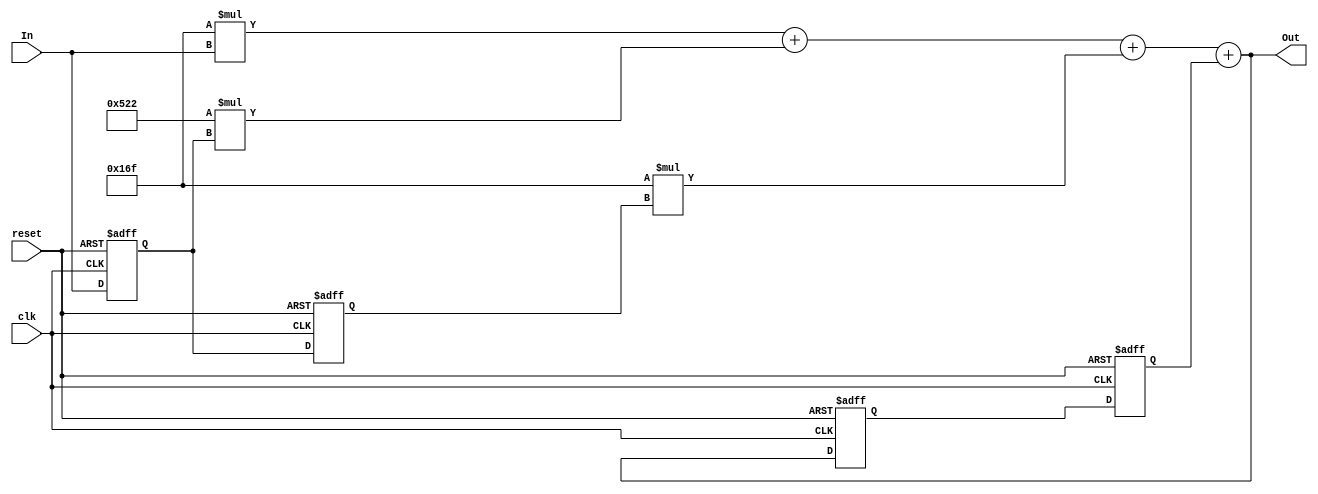
//### Project name: Integrator
//### Author: Phan Van Chien
//### File description: Integral block verilog source code with 22 bit resolution.


`timescale 1 ns / 1 ns

module Integrator
          (clk,
           reset,
           In,
           Out);


  input   clk;
  input   reset;
  input   signed [21:0] In;  // sfix22_En10
  output  signed [21:0] Out;  // sfix22_En20


  wire [10:0] Constant_out1;  // ufix11_En10
  wire signed [11:0] Product_cast;  // sfix12_En10
  wire signed [33:0] Product_mul_temp;  // sfix34_En20
  wire signed [32:0] Product_cast_1;  // sfix33_En20
  wire signed [20:0] Product_out1;  // sfix21_En20
  wire [10:0] Constant1_out1;  // ufix11_En10
  reg signed [21:0] Delay_out1;  // sfix22_En10
  wire [10:0] Constant2_out1;  // ufix11_En10
  wire signed [11:0] Product1_cast;  // sfix12_En10
  wire signed [33:0] Product1_mul_temp;  // sfix34_En20
  wire signed [32:0] Product1_cast_1;  // sfix33_En20
  wire signed [20:0] Product1_out1;  // sfix21_En20
  wire signed [31:0] Sum_add_cast;  // sfix32_En20
  wire signed [31:0] Sum_add_cast_1;  // sfix32_En20
  wire signed [31:0] Sum_add_temp;  // sfix32_En20
  wire signed [20:0] Sum_out1;  // sfix21_En20
  reg signed [21:0] Delay1_out1;  // sfix22_En10
  wire signed [11:0] Product2_cast;  // sfix12_En10
  wire signed [33:0] Product2_mul_temp;  // sfix34_En20
  wire signed [32:0] Product2_cast_1;  // sfix33_En20
  wire signed [20:0] Product2_out1;  // sfix21_En20
  wire signed [20:0] Sum2_out1;  // sfix21_En20
  wire signed [21:0] out_1;  // sfix22_En20
  reg signed [21:0] Delay2_reg [0:1];  // sfix22 [2]
  wire signed [21:0] Delay2_reg_next [0:1];  // sfix22_En20 [2]
  wire signed [21:0] Delay2_out1;  // sfix22_En20
  wire signed [31:0] Sum1_add_cast;  // sfix32_En20
  wire signed [31:0] Sum1_add_cast_1;  // sfix32_En20
  wire signed [31:0] Sum1_add_temp;  // sfix32_En20


  assign Constant_out1 = 11'b00101101111;



  assign Product_cast = {1'b0, Constant_out1};
  assign Product_mul_temp = Product_cast * In;
  assign Product_cast_1 = Product_mul_temp[32:0];
  assign Product_out1 = Product_cast_1[20:0];



  assign Constant1_out1 = 11'b10100100010;

  always @(posedge clk or posedge reset)
    begin : Delay_process
      if (reset == 1'b1) begin
        Delay_out1 <= 22'sb0000000000000000000000;
	Delay1_out1 <= 22'sb0000000000000000000000;
        Delay2_reg[0] <= 22'sb0000000000000000000000;
        Delay2_reg[1] <= 22'sb0000000000000000000000;
      end
      else begin
        Delay_out1 <= In;
        Delay1_out1 <= Delay_out1;
        Delay2_reg[0] <= Delay2_reg_next[0];
        Delay2_reg[1] <= Delay2_reg_next[1];
      end
    end



  assign Constant2_out1 = 11'b00101101111;



  assign Product1_cast = {1'b0, Constant1_out1};
  assign Product1_mul_temp = Product1_cast * Delay_out1;
  assign Product1_cast_1 = Product1_mul_temp[32:0];
  assign Product1_out1 = Product1_cast_1[20:0];



  assign Sum_add_cast = {{11{Product_out1[20]}}, Product_out1};
  assign Sum_add_cast_1 = {{11{Product1_out1[20]}}, Product1_out1};
  assign Sum_add_temp = Sum_add_cast + Sum_add_cast_1;
  assign Sum_out1 = Sum_add_temp[20:0];





  assign Product2_cast = {1'b0, Constant2_out1};
  assign Product2_mul_temp = Product2_cast * Delay1_out1;
  assign Product2_cast_1 = Product2_mul_temp[32:0];
  assign Product2_out1 = Product2_cast_1[20:0];



  assign Sum2_out1 = Sum_out1 + Product2_out1;




  assign Delay2_out1 = Delay2_reg[1];
  assign Delay2_reg_next[0] = out_1;
  assign Delay2_reg_next[1] = Delay2_reg[0];



  assign Sum1_add_cast = {{11{Sum2_out1[20]}}, Sum2_out1};
  assign Sum1_add_cast_1 = {{10{Delay2_out1[21]}}, Delay2_out1};
  assign Sum1_add_temp = Sum1_add_cast + Sum1_add_cast_1;
  assign out_1 = Sum1_add_temp[21:0];



  assign Out = out_1;


endmodule  // Integrator